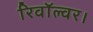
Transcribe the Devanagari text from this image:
रिवॉल्वर।